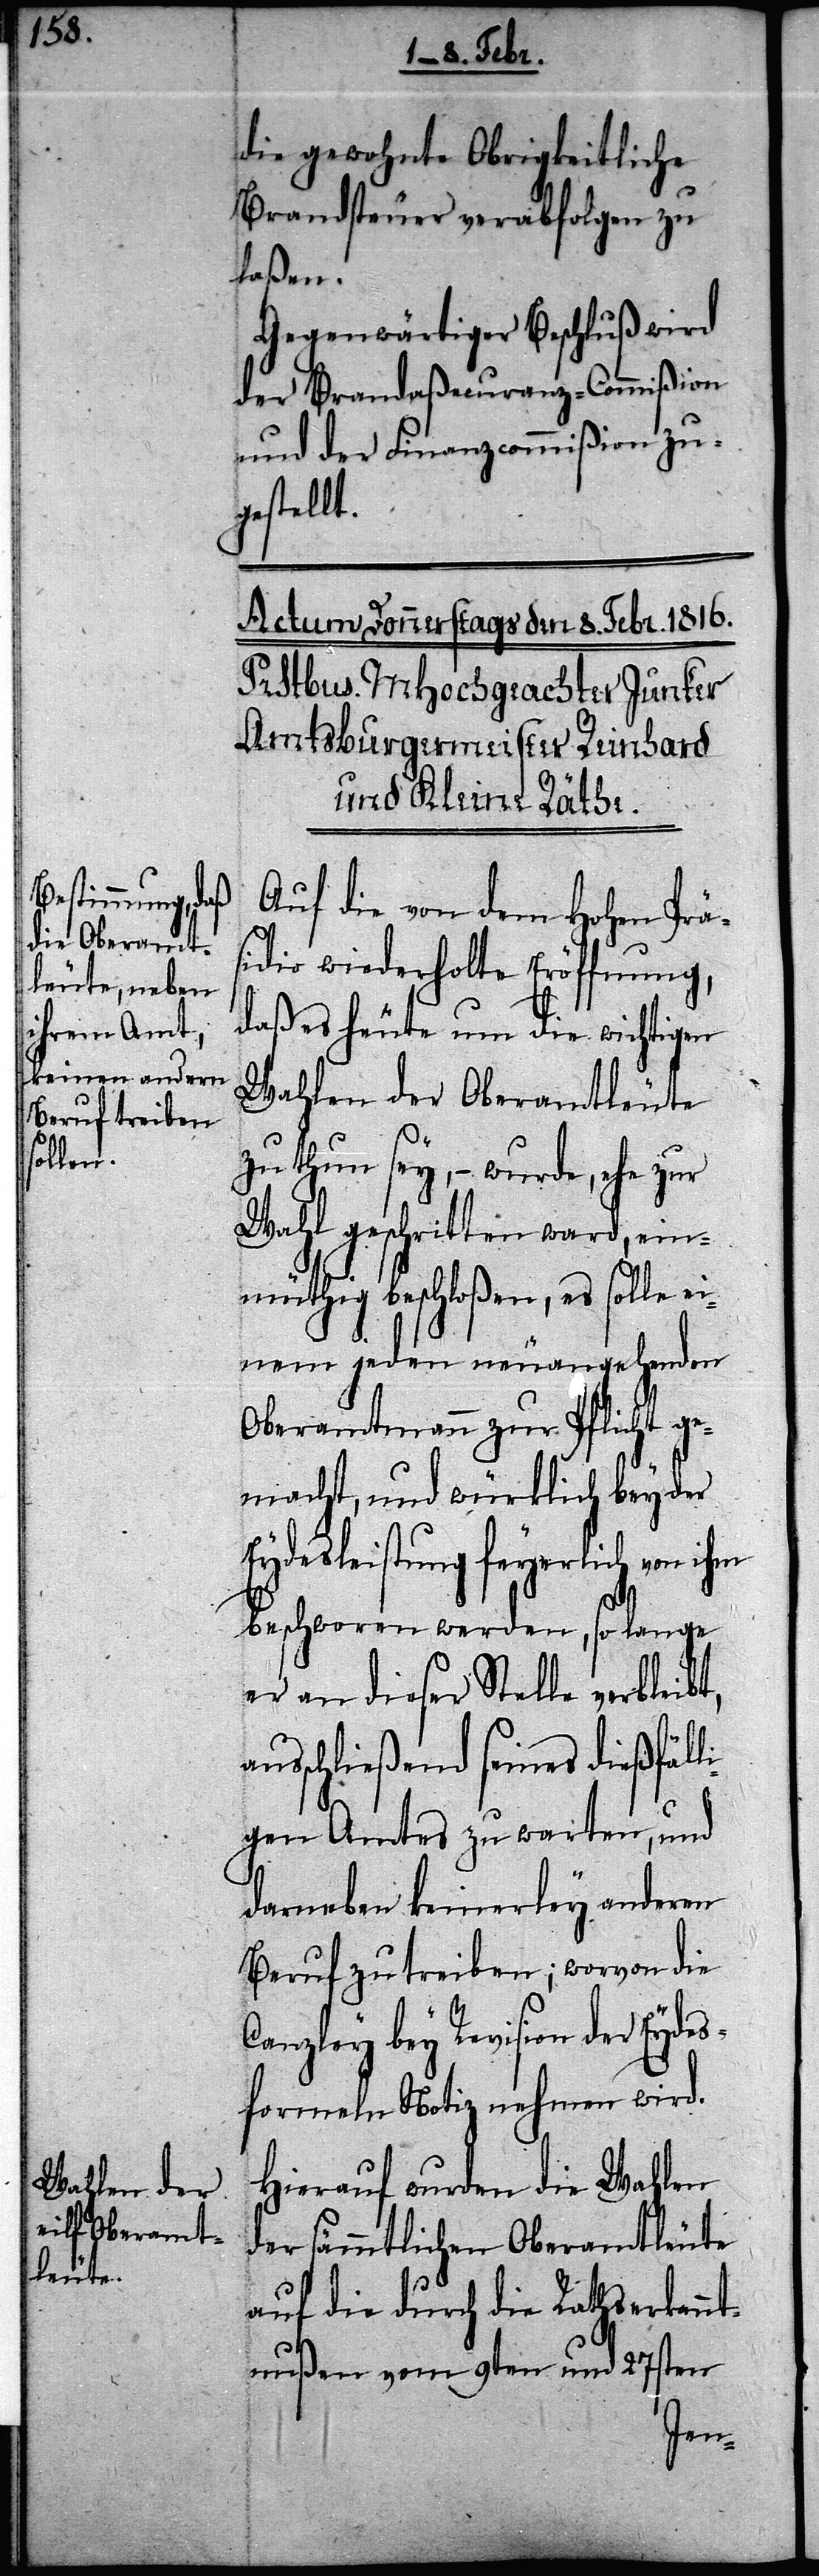
die gewohnte Obrigkeitliche
Brandsteuer verabfolgen zu
laßen.
Gegenwärtiger Beschluß wird
der Brandaßecuranz-Commißion
und der Finanzcommißion zu¬
gestellt.
Auf die von dem Hohen Prä¬
sidio wiederholte Eröffnung,
daß es heute um die wichtigen
Wahlen der Oberamtleute
zu thun sey, – wurde, ehe zur
Wahl geschritten ward, ein¬
müthig beschloßen, es solle
einem jeden neuangehenden
Oberamtmann zur Pflicht ge¬
macht, und würklich bey der
Eydesleistung feyerlich von ihm
beschworen werden, so lange
er an dieser Stelle verbleibt,
auschließend seines dießfäll¬
igen Amtes zu warten, und
darneben keinerley anderen
Beruf zu treiben; wovon die
Canzley bey Revision der Eyds¬
formeln Notiz nehmen wird.
Hierauf wurden die Wahlen
der sämmtlichen Oberamtleute
auf die durch die Rathserkann¬
tnußen vom 9ten und 27sten